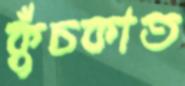
কুঁচকাত